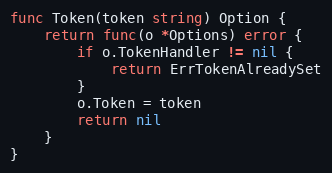
Language: Go
func Token(token string) Option {
	return func(o *Options) error {
		if o.TokenHandler != nil {
			return ErrTokenAlreadySet
		}
		o.Token = token
		return nil
	}
}